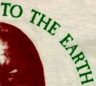
TO THE EARTH